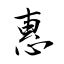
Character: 惠